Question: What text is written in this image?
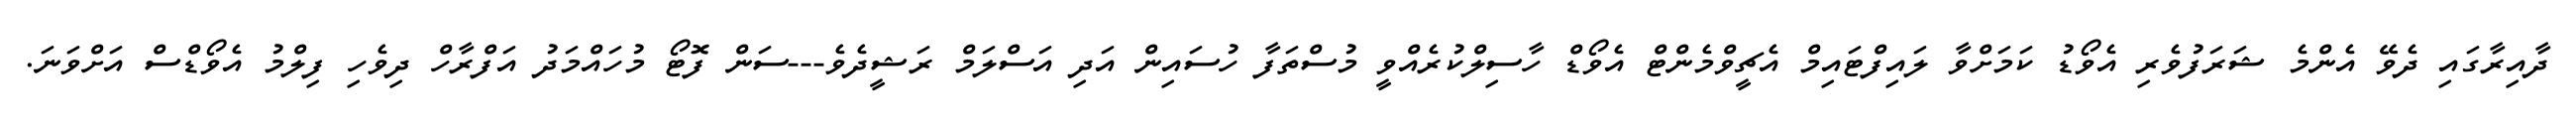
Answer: ދާއިރާގައި ދެވޭ އެންމެ ޝަރަފުވެރި އެވޯޑު ކަމަށްވާ ލައިފްޓައިމް އެޗީވްމެންޓް އެވޯޑް ހާސިލްކުރެއްވީ މުސްތަފާ ހުސައިން އަދި އަސްލަމް ރަޝީދެވެ---ސަން ފޮޓޯ މުހައްމަދު އަފްރާހް ދިވެހި ފިލްމު އެވޯޑްސް އަށްވަނަ.